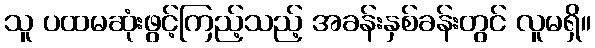
သူ ပထမဆုံးဖွင့်ကြည့်သည့် အခန်းနှစ်ခန်းတွင် လူမရှိ။